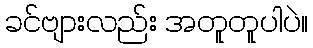
ခင်ဗျားလည်း အတူတူပါပဲ။